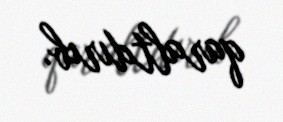
qaraltdırıb.